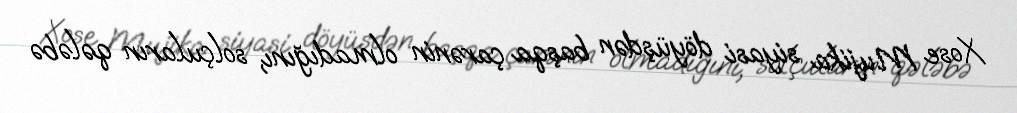
Xose Mujika siyasi döyüşdən başqa çarənin olmadığını, solçuların qələbə